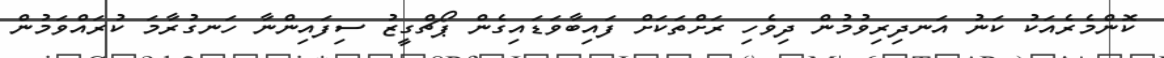
ކޮންމެރެއަކު ކަނު އަނދިރިވުމުން ދިވެހި ރަށްތަކަށް ފައިބާވަޑައިގެން ޕޯޗްގީޒު ސިފައިންނާ ހަނގުރާމަ ކުރައްވަމުން